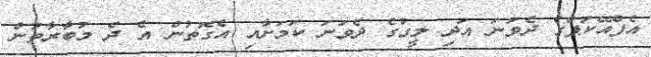
އެފްއޭކަޕްގެ ދެވަނަ އަދި ލީގުގެ ދެވަނަ ކަމަށާއި އެގޮތުން އެ ދެ މުބާރާތުން